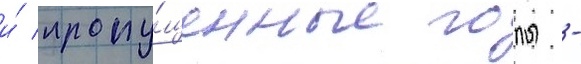
и́ пропу́щенные голы -